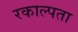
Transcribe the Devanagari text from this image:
रकाल्पता